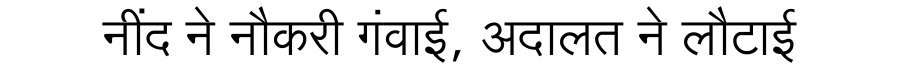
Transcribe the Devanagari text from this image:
नींद ने नौकरी गंवाई, अदालत ने लौटाई